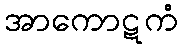
အာကောဋကံ